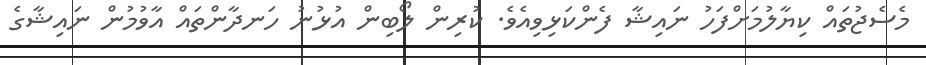
މެސެޖުތައް ކިޔާލުމަށްފަހު ނައިޝާ ފެންކަޅިވިއެވެ. ކުރިން ލޯބިން އުޅުނު ހަނދާންތައް އާވުމުން ނައިޝާގެ